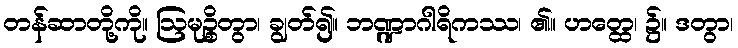
တန်ဆာတို့ကို။ ဩမုဉ္စိတွာ၊ ချွတ်၍။ ဘဏ္ဍာဂါရိကဿ၊ ၏။ ဟတ္ထေ၊ ၌။ ဒတွာ၊